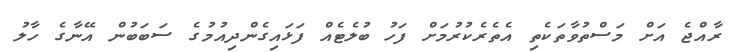
ރާއްޖެ އަށް މަސްތުވާތަކެތި އެތެރެކުރުމަށް ފަހު ބުލެޓެއް ފަޅައިގެންދިއުމުގެ ސަބަބުން އޭނާގެ ހާލު